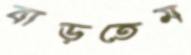
বাড়তেম